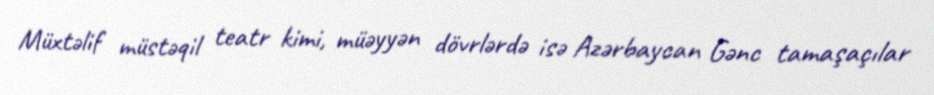
Müxtəlif müstəqil teatr kimi, müəyyən dövrlərdə isə Azərbaycan Gənc tamaşaçılar